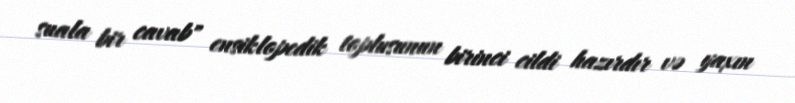
suala bir cavab" ensiklopedik toplusunun birinci cildi hazırdır və yaxın